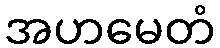
အဟမေတံ